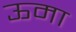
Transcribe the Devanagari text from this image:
ऊमा